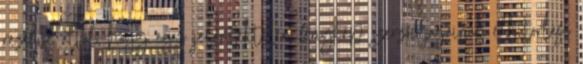
rezelve attól, hogy egy jelentéktelen fénykép szerzői jogainak elbitorlása